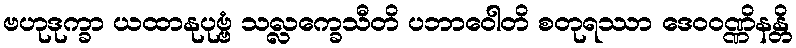
ဗဟုဒုက္ခာ ယထာနုပုဗ္ဗံ သလ္လက္ခေသီတိ ပဘာဝေါတိ စတုရဿာ ဒေဝဝဏ္ဏိနန္တိ